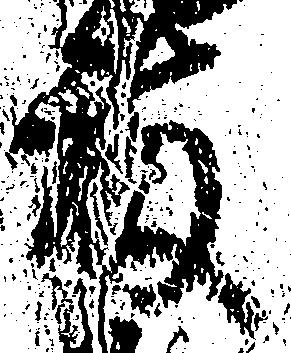
藤